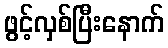
ဖွင့်လှစ်ပြီးနောက်